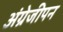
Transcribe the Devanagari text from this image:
अंग्रेजीपन